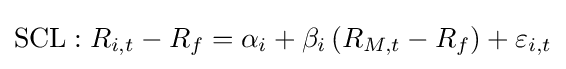
\mathrm {SCL} :R_{i,t}-R_{f}=\alpha _{i}+\beta _{i}\,(R_{M,t}-R_{f})+\varepsilon _{i,t}